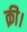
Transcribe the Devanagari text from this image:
क़ी।